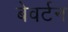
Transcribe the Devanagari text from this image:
बेवर्टन